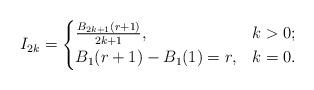
LaTeX: \begin{align*}I_{2k}=\begin{cases}\frac{B_{2k+1}(r+1)}{2k+1}, & k>0;\\B_{1}(r+1)-B_{1}(1)=r, & k=0.\end{cases}\end{align*}